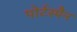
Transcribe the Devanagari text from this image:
पोर्टस्पैन